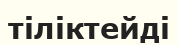
тіліктейді